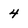
Character: 4